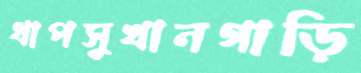
ধাপসুখানগাড়ি